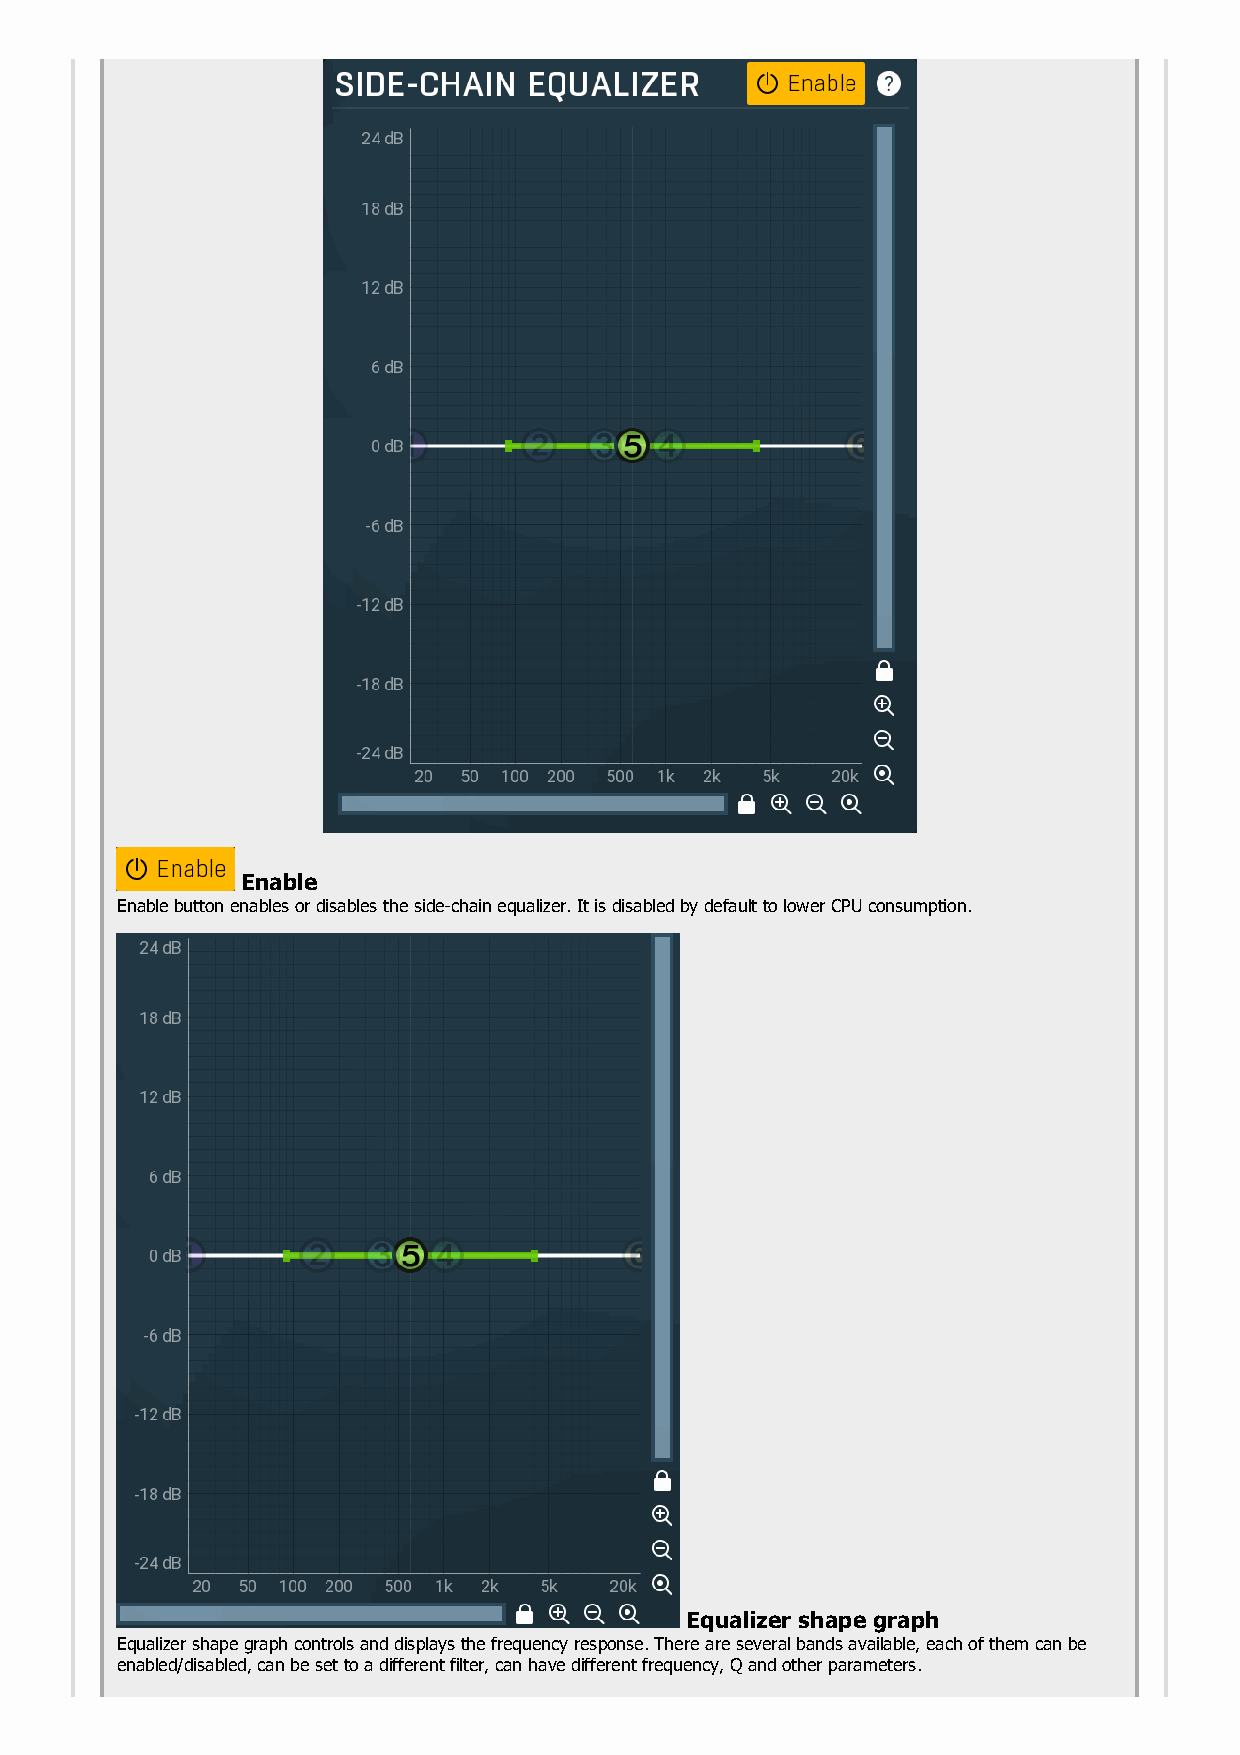
Enable
 Enable button enables or disables the side-chain equalizer. It is disabled by default to lower CPU consumption.
 Equalizer shape graph
 Equalizer shape graph controls and displays the frequency response. There are several bands available, each of them can be
 enabled/disabled, can be set to a different filter, can have different frequency, Q and other parameters.